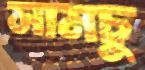
সামচু